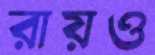
রায়ও